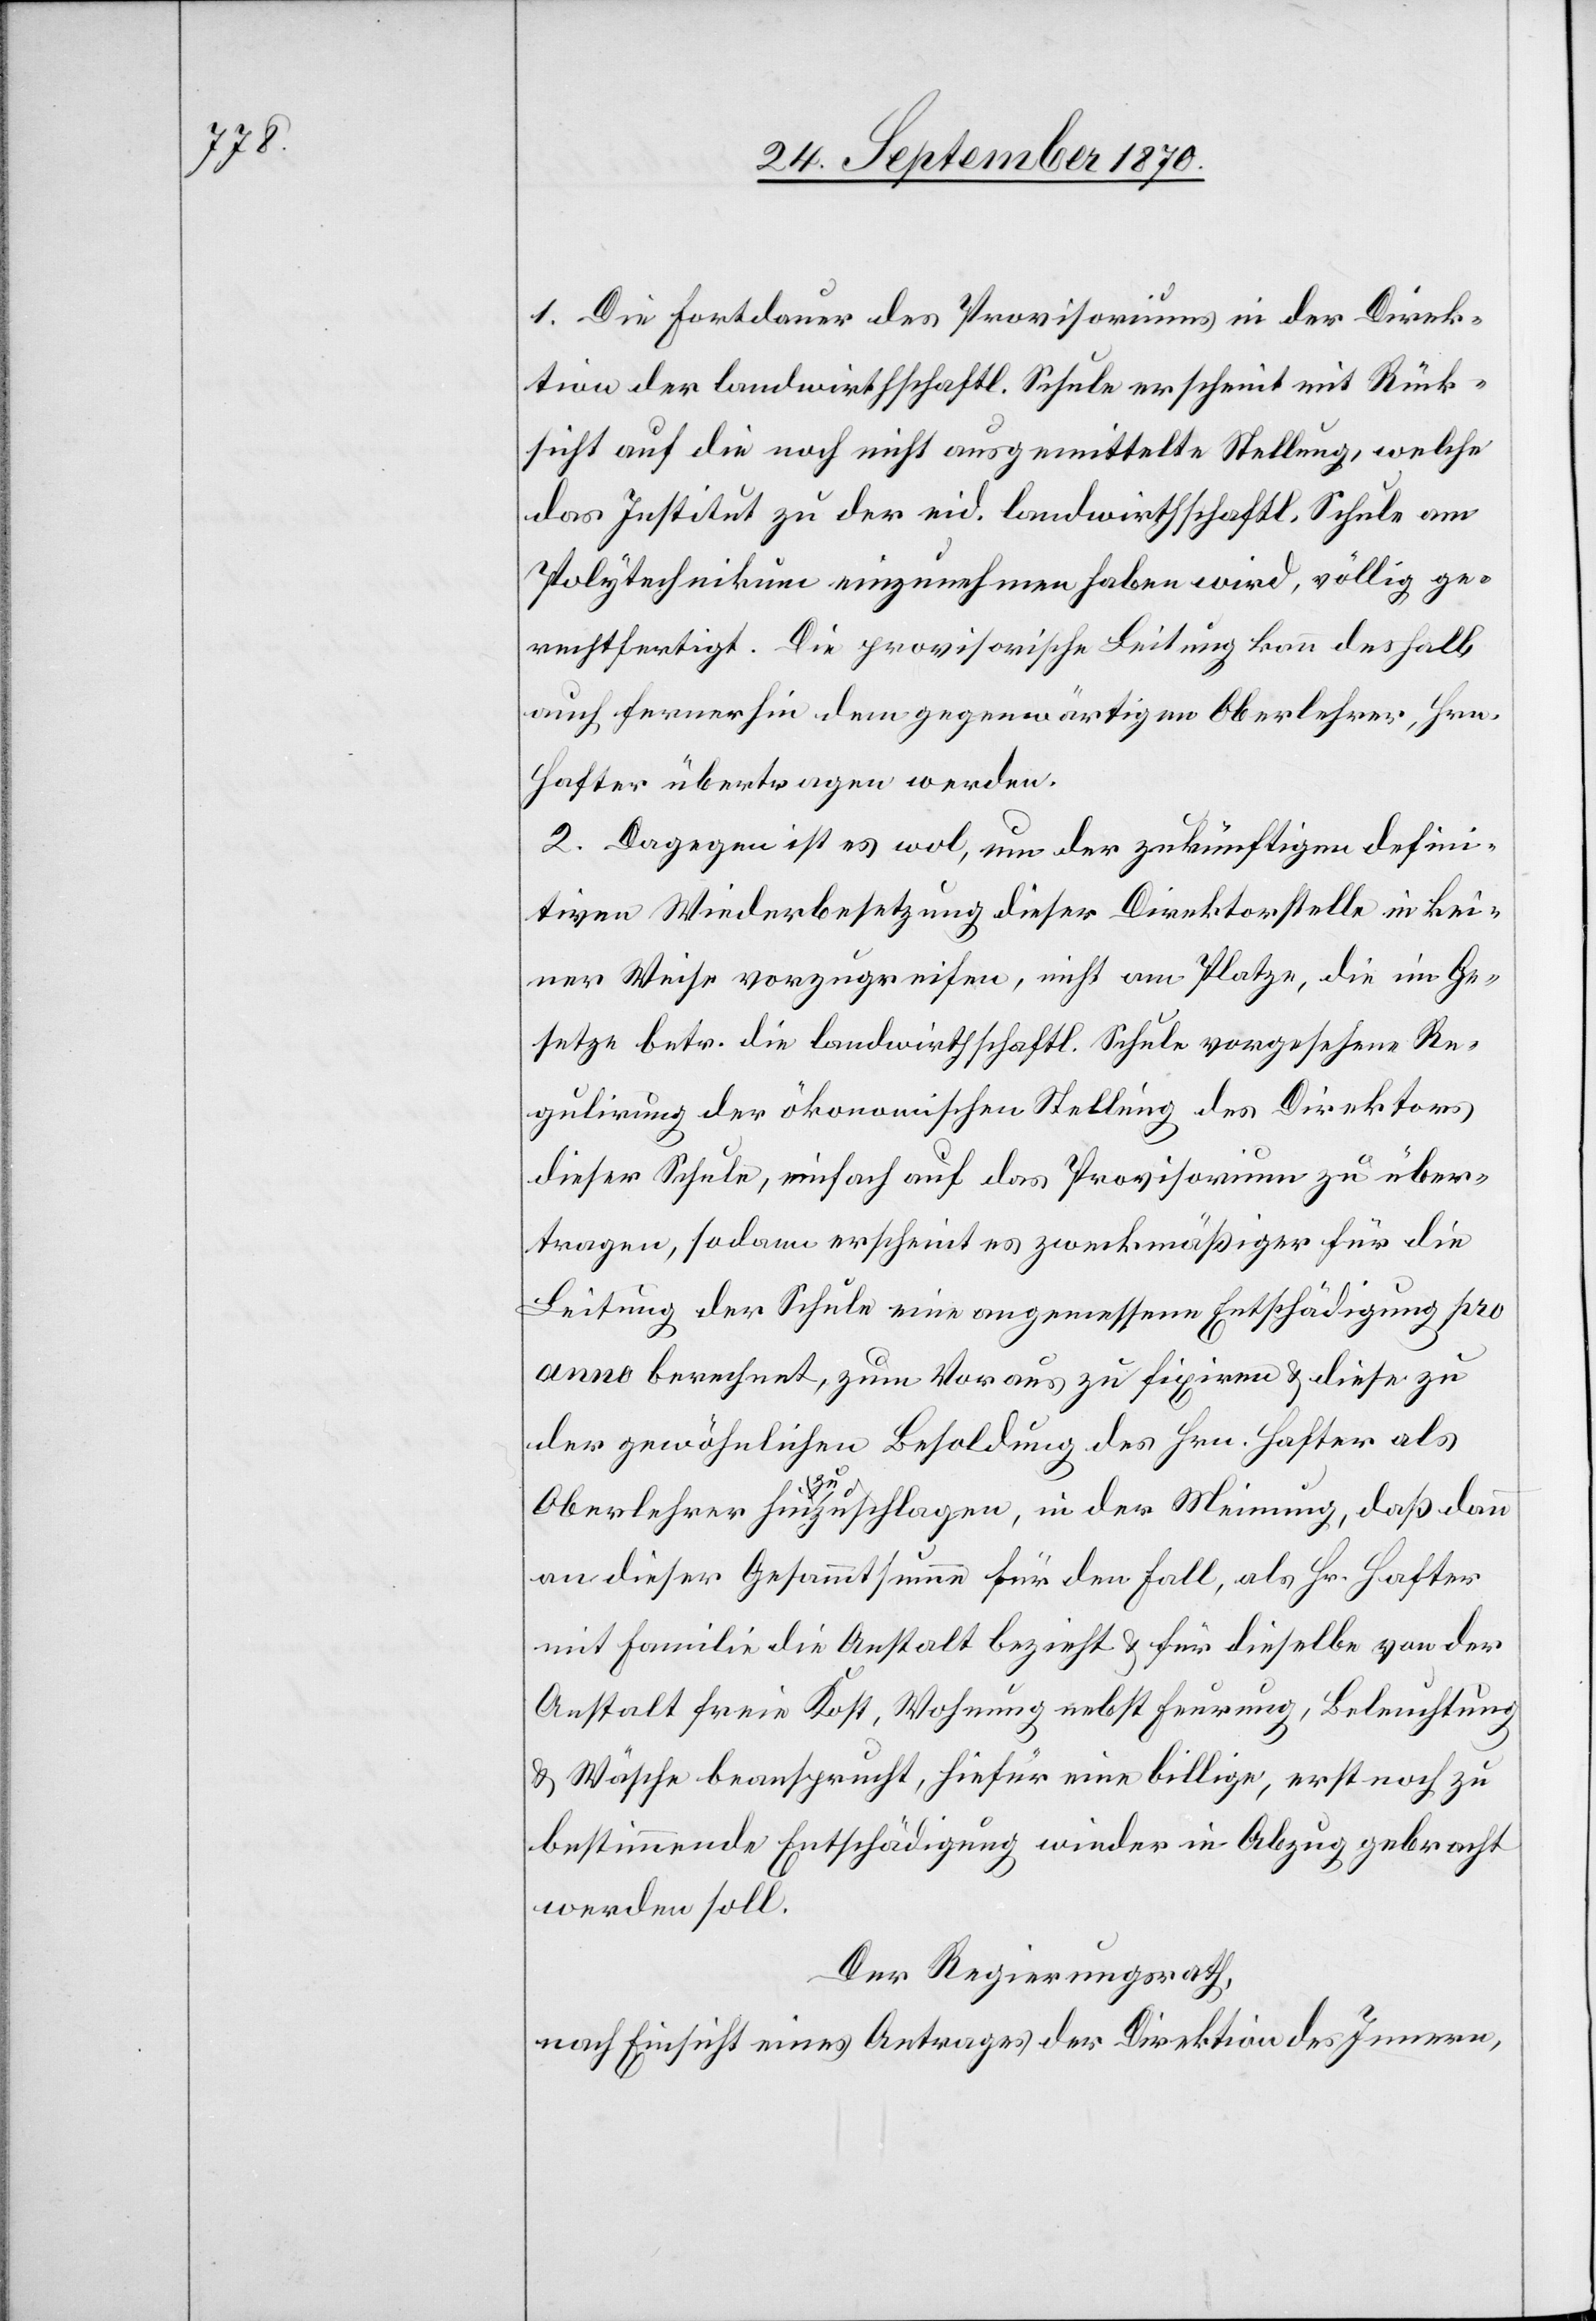
1. Die Fortdauer des Provisoriums in der Direk¬
tion der landwirthschaftl. Schule erscheint mit Rück¬
sicht auf die noch nicht ausgemittelte Stellung, welche
das Institut zu der eid. landwirthschaftl. Schule am
Polytechnikum einzunehmen haben wird, völlig ge¬
rechtfertigt. Die provisorische Leitung kann deshalb
auch fernerhin dem gegenwärtigen Oberlehrer, Hrn.
Hafter übertragen werden.
2. Dagegen ist es wol, um der zukünftigen defini¬
tiven Wiederbesetzung dieser Direktorstelle in kei¬
ner Wiese vorzugreifen, nicht am Platze, die im Ge¬
setze betr. die landwirthschaftl. Schule vorgesehene Re¬
gulirung der ökonomischen Stellung des Direktors
dieser Schule, einfach auf das Provisorium zu über¬
tragen, sodann erscheint es zweckmäßiger für die
Leitung der Schule eine angemessene Entschädigung pro
anno berechnet, zum Voraus zu fixiren & diese zu
der gewöhnlichen Besoldung des Hrn. Hafter als
Oberlehrer hinzuzuschlagen, in der Meinung, daß dann
an dieser Gesammtsumme für den Fall, als Hr. Hafter
mit Familie die Anstalt bezieht & für dieselbe von der
Anstalt freie Koste, Wohnung nebst Feuerung, Beleuchtung
& Wäsche beanspruch, hiefür eine billige, erst noch zu
bestimmende Entschädigung wieder in Abzug gebracht
werden soll.
Der Regierungsrath,
nach Einsicht eines Antrages der Direktion des Innern,